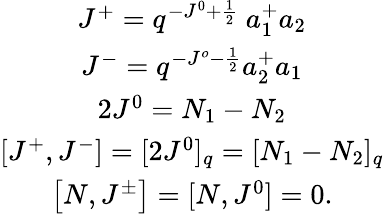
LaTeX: \begin{array}{c}{{J^{+}=q^{-J^{0}+\frac{1}{2}}\ a_{1}^{+}a_{2}}}\\ {{J^{-}=q^{-J^{o}-\frac{1}{2}}a_{2}^{+}a_{1}}}\\ {{2J^{0}=N_{1}-N_{2}}}\\ {{\left[J^{+},J^{-}\right]=[2J^{0}]_{q}=[N_{1}-N_{2}]_{q}}}\\ {{\left[N,J^{\pm}\right]=[N,J^{0}]=0.}}\end{array}